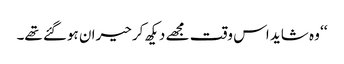
‘‘ وہ شاید اس وقت مجھے دیکھ کر حیران ہوگئے تھے۔